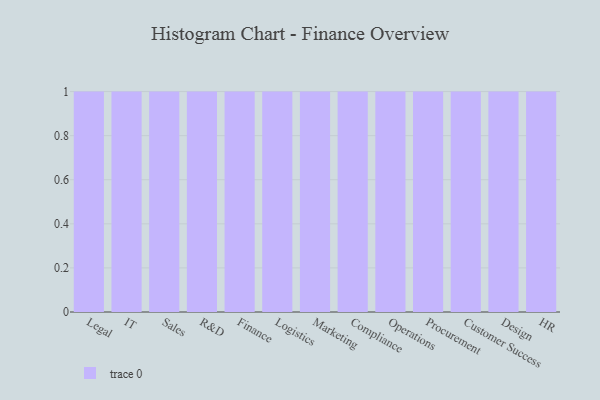
{"axis": {"x": "Department", "y": "Churn Rate (%)"}, "legend": [""], "data": [{"x": "Legal", "y": 14, "type": ""}, {"x": "IT", "y": 83, "type": ""}, {"x": "Sales", "y": 99, "type": ""}, {"x": "R&D", "y": 82, "type": ""}, {"x": "Finance", "y": 42, "type": ""}, {"x": "Logistics", "y": 66, "type": ""}, {"x": "Marketing", "y": 11, "type": ""}, {"x": "Compliance", "y": 3, "type": ""}, {"x": "Operations", "y": 28, "type": ""}, {"x": "Procurement", "y": 95, "type": ""}, {"x": "Customer Success", "y": 95, "type": ""}, {"x": "Design", "y": 15, "type": ""}, {"x": "HR", "y": 8, "type": ""}]}